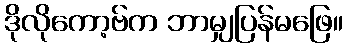
ဒိုလိုကော့ဗ်က ဘာမျှပြန်မဖြေ။